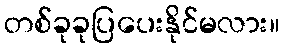
တစ်ခုခုပြပေးနိုင်မလား။